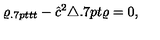
\varrho _ { { { \kern 0 . 7 p t } } t t } - { \hat { c } } ^ { 2 } \triangle { { \kern 0 . 7 p t } } \varrho = 0 ,